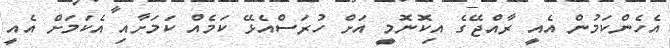
އެހެންކަމުން އެއީ ރާއްޖޭގެ އިކޮނޮމީ އަށް ހުރަސްއެޅޭ ކަމެއް ކަމަށާއި އެކަމަށް އެއީ